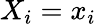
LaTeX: X_{i}=x_{i}